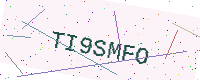
Text: TI9SMFO